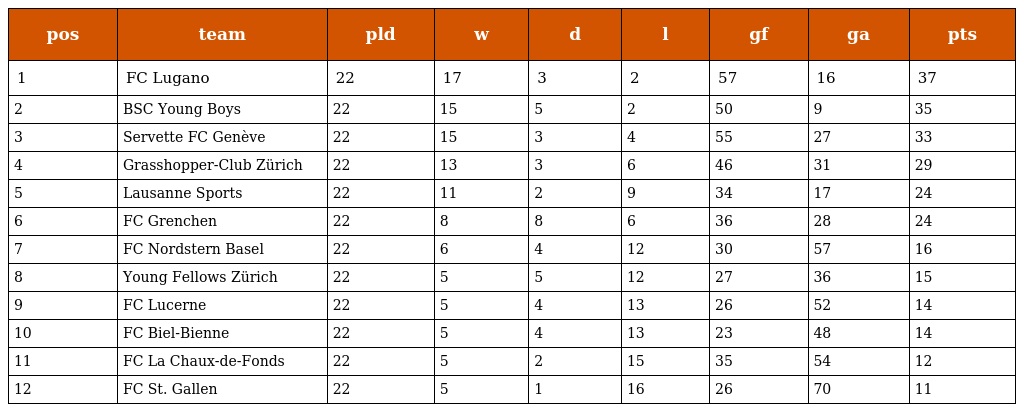
| pos | team | pld | w | d | l | gf | ga | pts |
 | --- | --- | --- | --- | --- | --- | --- | --- | --- |
 | 1 | FC Lugano | 22 | 17 | 3 | 2 | 57 | 16 | 37 |
 | 2 | BSC Young Boys | 22 | 15 | 5 | 2 | 50 | 9 | 35 |
 | 3 | Servette FC Genève | 22 | 15 | 3 | 4 | 55 | 27 | 33 |
 | 4 | Grasshopper-Club Zürich | 22 | 13 | 3 | 6 | 46 | 31 | 29 |
 | 5 | Lausanne Sports | 22 | 11 | 2 | 9 | 34 | 17 | 24 |
 | 6 | FC Grenchen | 22 | 8 | 8 | 6 | 36 | 28 | 24 |
 | 7 | FC Nordstern Basel | 22 | 6 | 4 | 12 | 30 | 57 | 16 |
 | 8 | Young Fellows Zürich | 22 | 5 | 5 | 12 | 27 | 36 | 15 |
 | 9 | FC Lucerne | 22 | 5 | 4 | 13 | 26 | 52 | 14 |
 | 10 | FC Biel-Bienne | 22 | 5 | 4 | 13 | 23 | 48 | 14 |
 | 11 | FC La Chaux-de-Fonds | 22 | 5 | 2 | 15 | 35 | 54 | 12 |
 | 12 | FC St. Gallen | 22 | 5 | 1 | 16 | 26 | 70 | 11 |